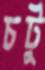
চটু